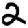
Digit: 2